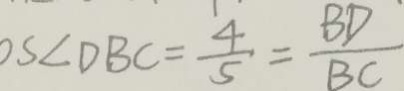
o s \angle D B C = \frac { 4 } { 5 } = \frac { B D } { B C }